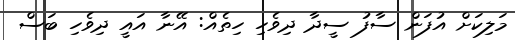
މަލިކަށް އުފަން ސާފު ސީދާ ދިވެހި ހިތެއް: އޭނާ އައީ ދިވެހި ބަސް